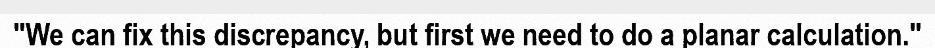
"We can fix this discrepancy, but first we need to do a planar calculation."